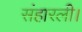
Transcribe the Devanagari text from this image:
संहारली।